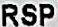
RSP